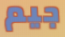
جيم